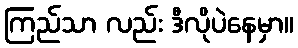
ကြည်သာ လည်း ဒီလိုပဲနေမှာ။